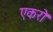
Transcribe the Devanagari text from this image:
एकरो